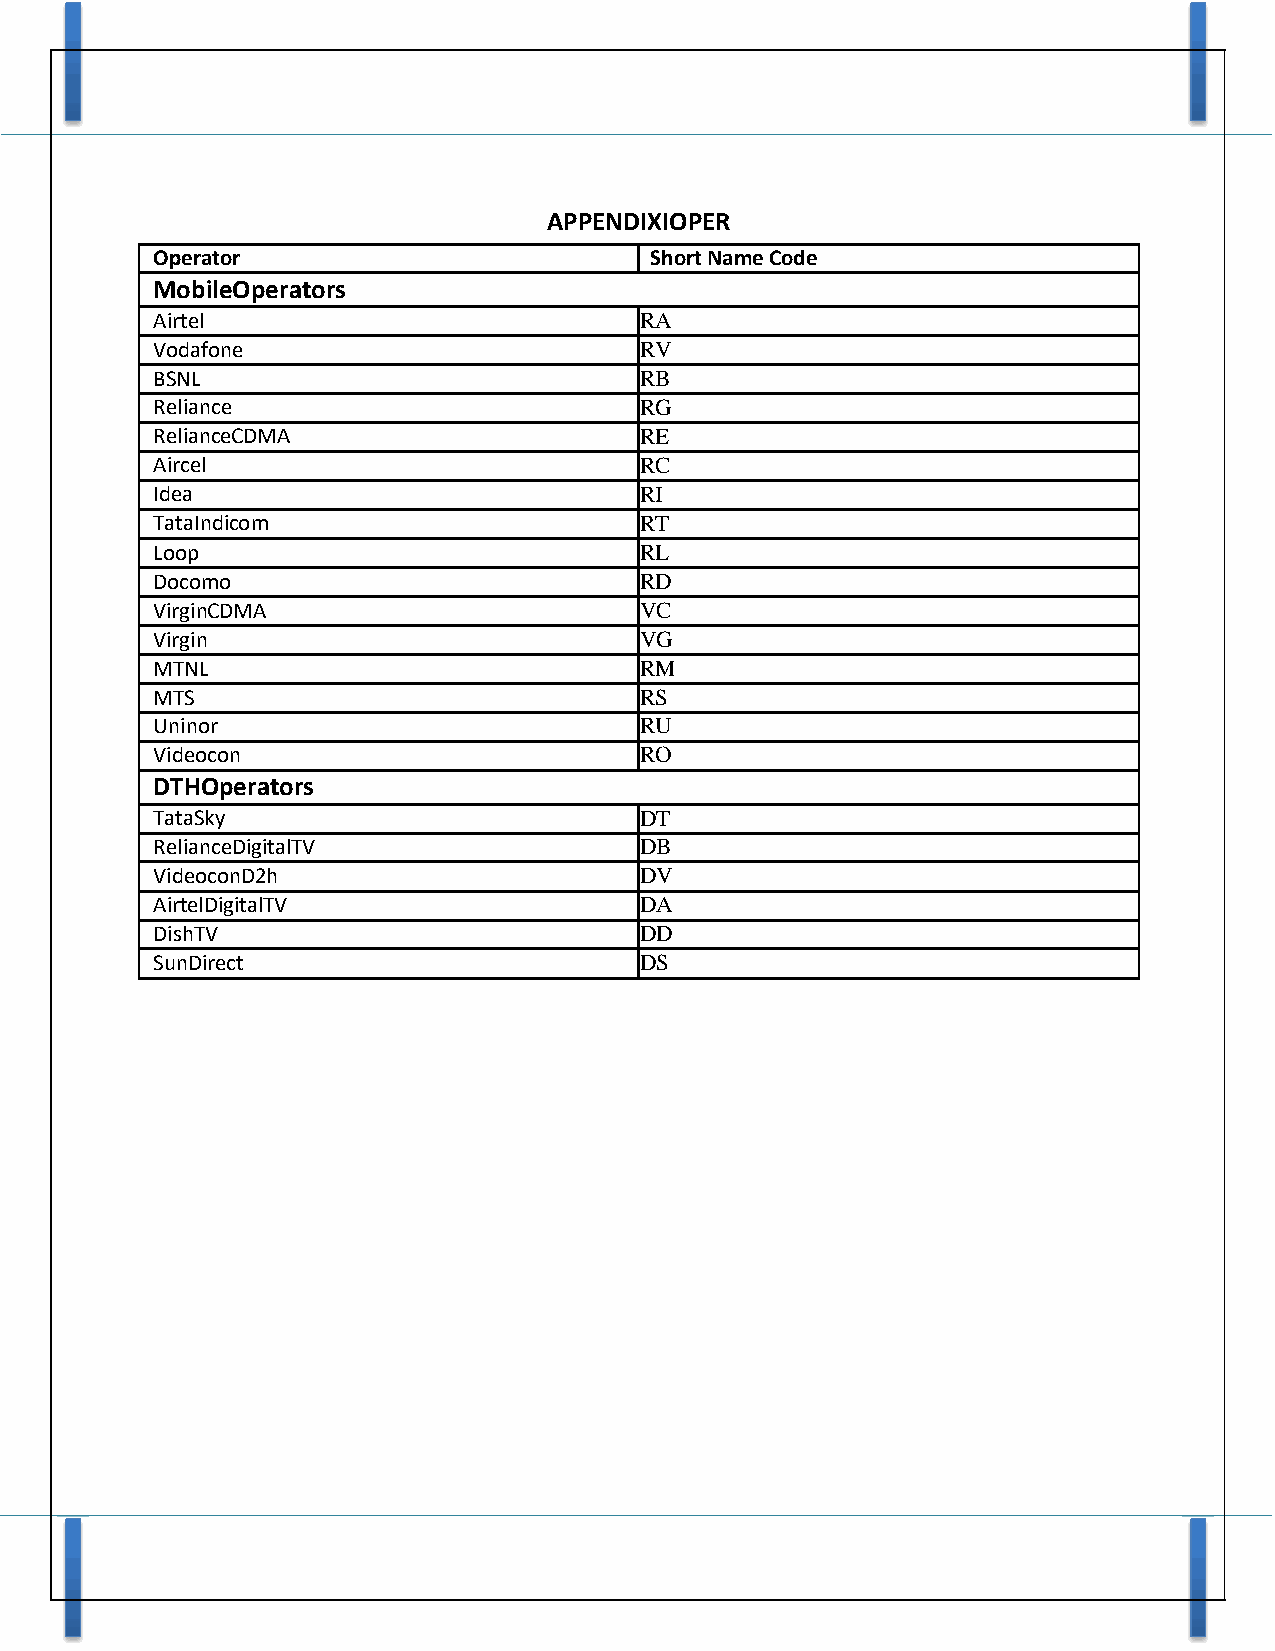
APPENDIXIOPER
 Operator                         Short Name Code
 MobileOperators
 Airtel                          RA
 Vodafone                        RV
 BSNL                            RB
 Reliance                        RG
 RelianceCDMA                    RE
 Aircel                          RC
 Idea                            RI
 TataIndicom                     RT
 Loop                            RL
 Docomo                          RD
 VirginCDMA                      VC
 Virgin                          VG
 MTNL                            RM
 MTS                             RS
 Uninor                          RU
 Videocon                        RO
 DTHOperators
 TataSky                         DT
 RelianceDigitalTV               DB
 VideoconD2h                     DV
 AirtelDigitalTV                 DA
 DishTV                          DD
 SunDirect                       DS